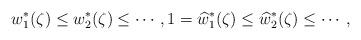
LaTeX: \begin{align*} w_{1}^{\ast}(\zeta)\leq w_{2}^{\ast}(\zeta)\leq \cdots, 1=\widehat{w}_{1}^{\ast}(\zeta)\leq \widehat{w}_{2}^{\ast}(\zeta)\leq \cdots,\end{align*}